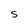
Character: S